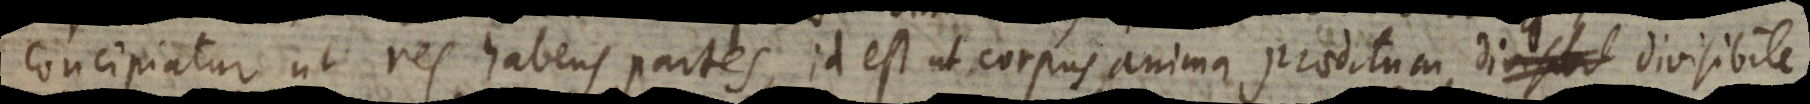
concipiatur ut res habens partes, id est ut corpus anima praeditum, divisibile,